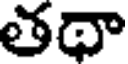
తథా